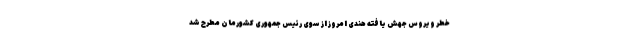
خطر ویروس جهش یافته هندی امروز از سوی رئیس جمهوری کشورمان مطرح شد